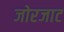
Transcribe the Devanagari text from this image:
जोरजाट